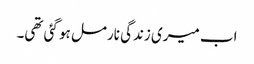
اب میری زندگی نارمل ہو گئی تھی۔